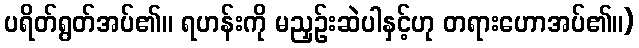
ပရိတ်ရွတ်အပ်၏။ ရဟန်းကို မညှဉ်းဆဲပါနှင့်ဟု တရားဟောအပ်၏။)